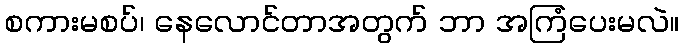
စကားမစပ်၊ နေလောင်တာအတွက် ဘာ အကြံပေးမလဲ။